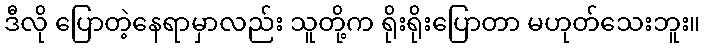
ဒီလို ပြောတဲ့နေရာမှာလည်း သူတို့က ရိုးရိုးပြောတာ မဟုတ်သေးဘူး။